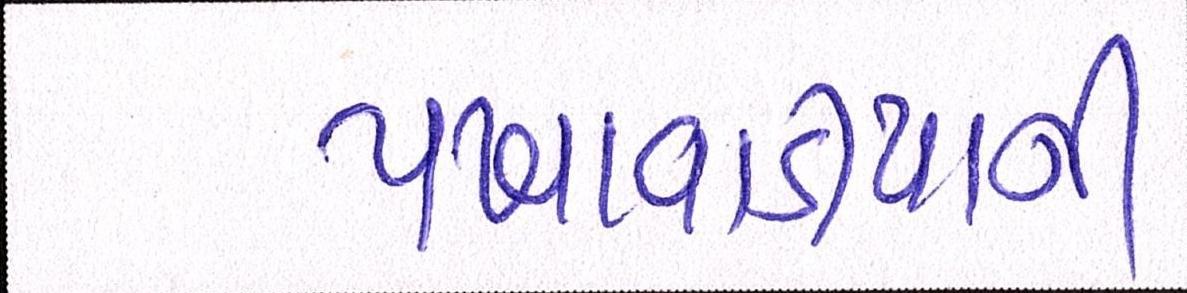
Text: પખવાડીયાની